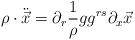
LaTeX: \begin{align*}\rho\cdot{\ddot{\vec x}}=\partial_r\frac{1}{\rho}gg^{rs}\partial_x\vec x\end{align*}